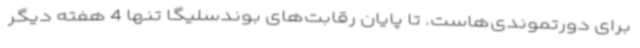
برای دورتموندی‌هاست. تا پایان رقابت‌های بوندسلیگا تنها 4 هفته دیگر